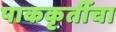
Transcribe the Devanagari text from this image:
पाककृतींचा